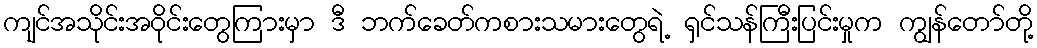
ကျင်အသိုင်းအဝိုင်းတွေကြားမှာ ဒီ ဘက်ခေတ်ကစားသမားတွေရဲ့ ရှင်သန်ကြီးပြင်းမှုက ကျွန်တော်တို့